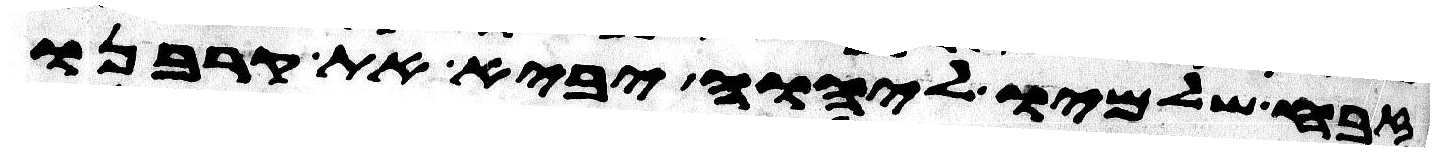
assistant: זבח שלמיו ליהוה יביא את קרבנו